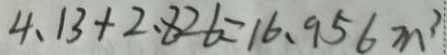
4 、 1 3 + 2 . 8 2 6 = 1 6 . 9 5 6 m ^ { 3 }